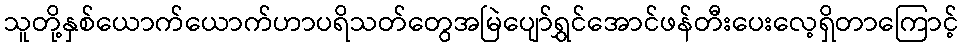
သူတို့နှစ်ယောက်ယောက်ဟာပရိသတ်တွေအမြဲပျော်ရွှင်အောင်ဖန်တီးပေးလေ့ရှိတာကြောင့်